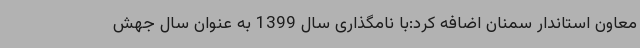
معاون استاندار سمنان اضافه کرد:با نامگذاری سال 1399 به عنوان سال جهش